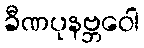
ခီဏပုနဗ္ဘဝေါ